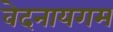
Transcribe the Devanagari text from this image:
वेदनायगम